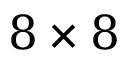
8 \times 8